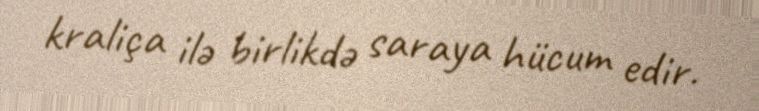
kraliça ilə birlikdə saraya hücum edir.